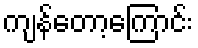
ကျန်တော့ကြောင်း